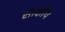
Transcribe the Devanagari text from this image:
साक्षीय